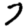
Digit: 7